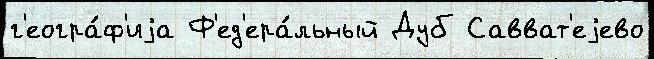
г'еогра́ф'иjа Ф'ед'ера́льный Дуб Савват'еjево